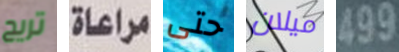
تريح مراعاة حتى ميلان 499